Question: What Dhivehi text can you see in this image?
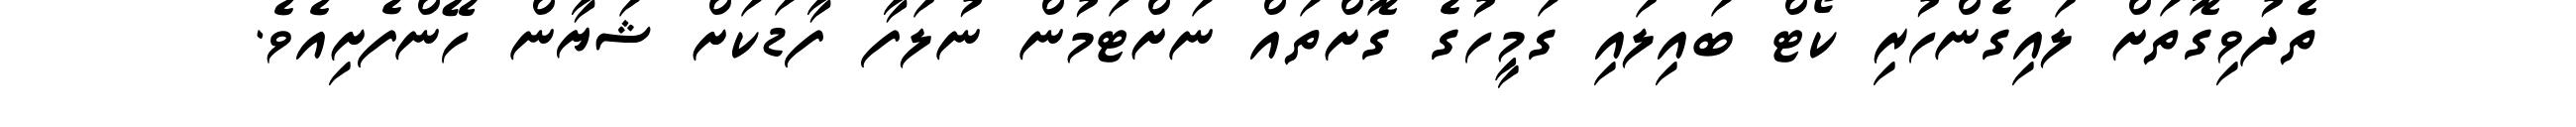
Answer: ތެދުވިގޮތަށް ލައިގެންހުރި ކޯޓް ބައިލައި ގަމީހުގެ ގޮށްތައް ނަށްޓަމުން ނުލަފާ ފާޑަކަށް ޝަޔާން ހޭންފެށިއެވެ.